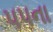
૫૫ના